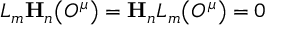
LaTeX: L _ { m } \mathbf { H } _ { n } \bigl ( { \cal O } ^ { \mu } \bigr ) = \mathbf { H } _ { n } L _ { m } \bigl ( { \cal O } ^ { \mu } \bigr ) = 0